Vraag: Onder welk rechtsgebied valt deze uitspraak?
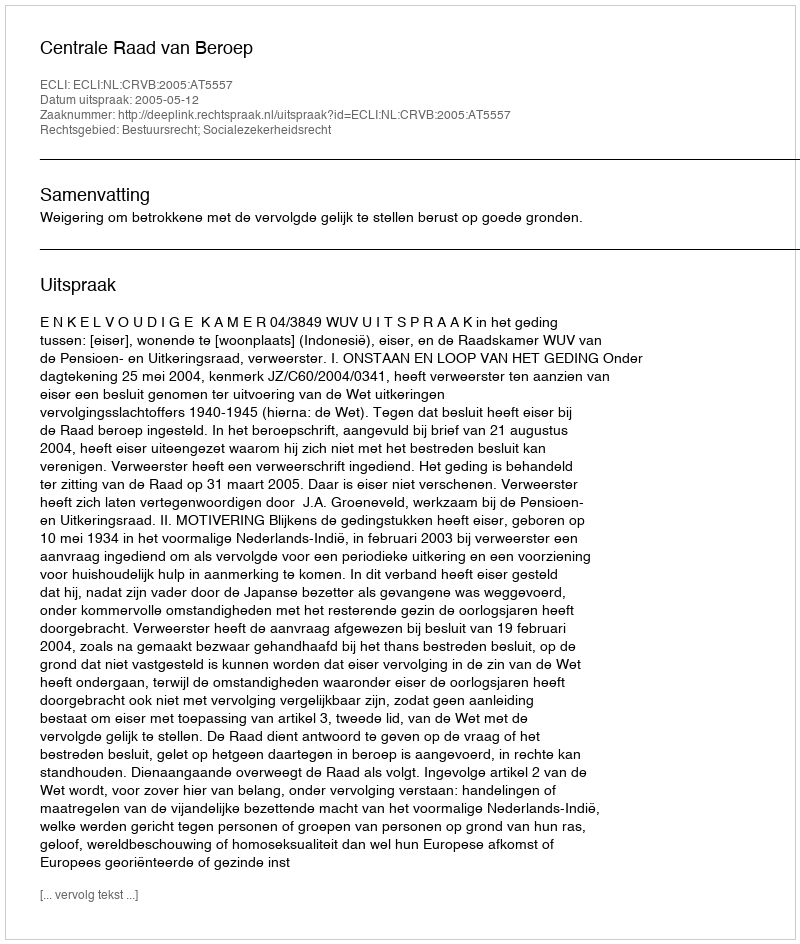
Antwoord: Bestuursrecht; Socialezekerheidsrecht